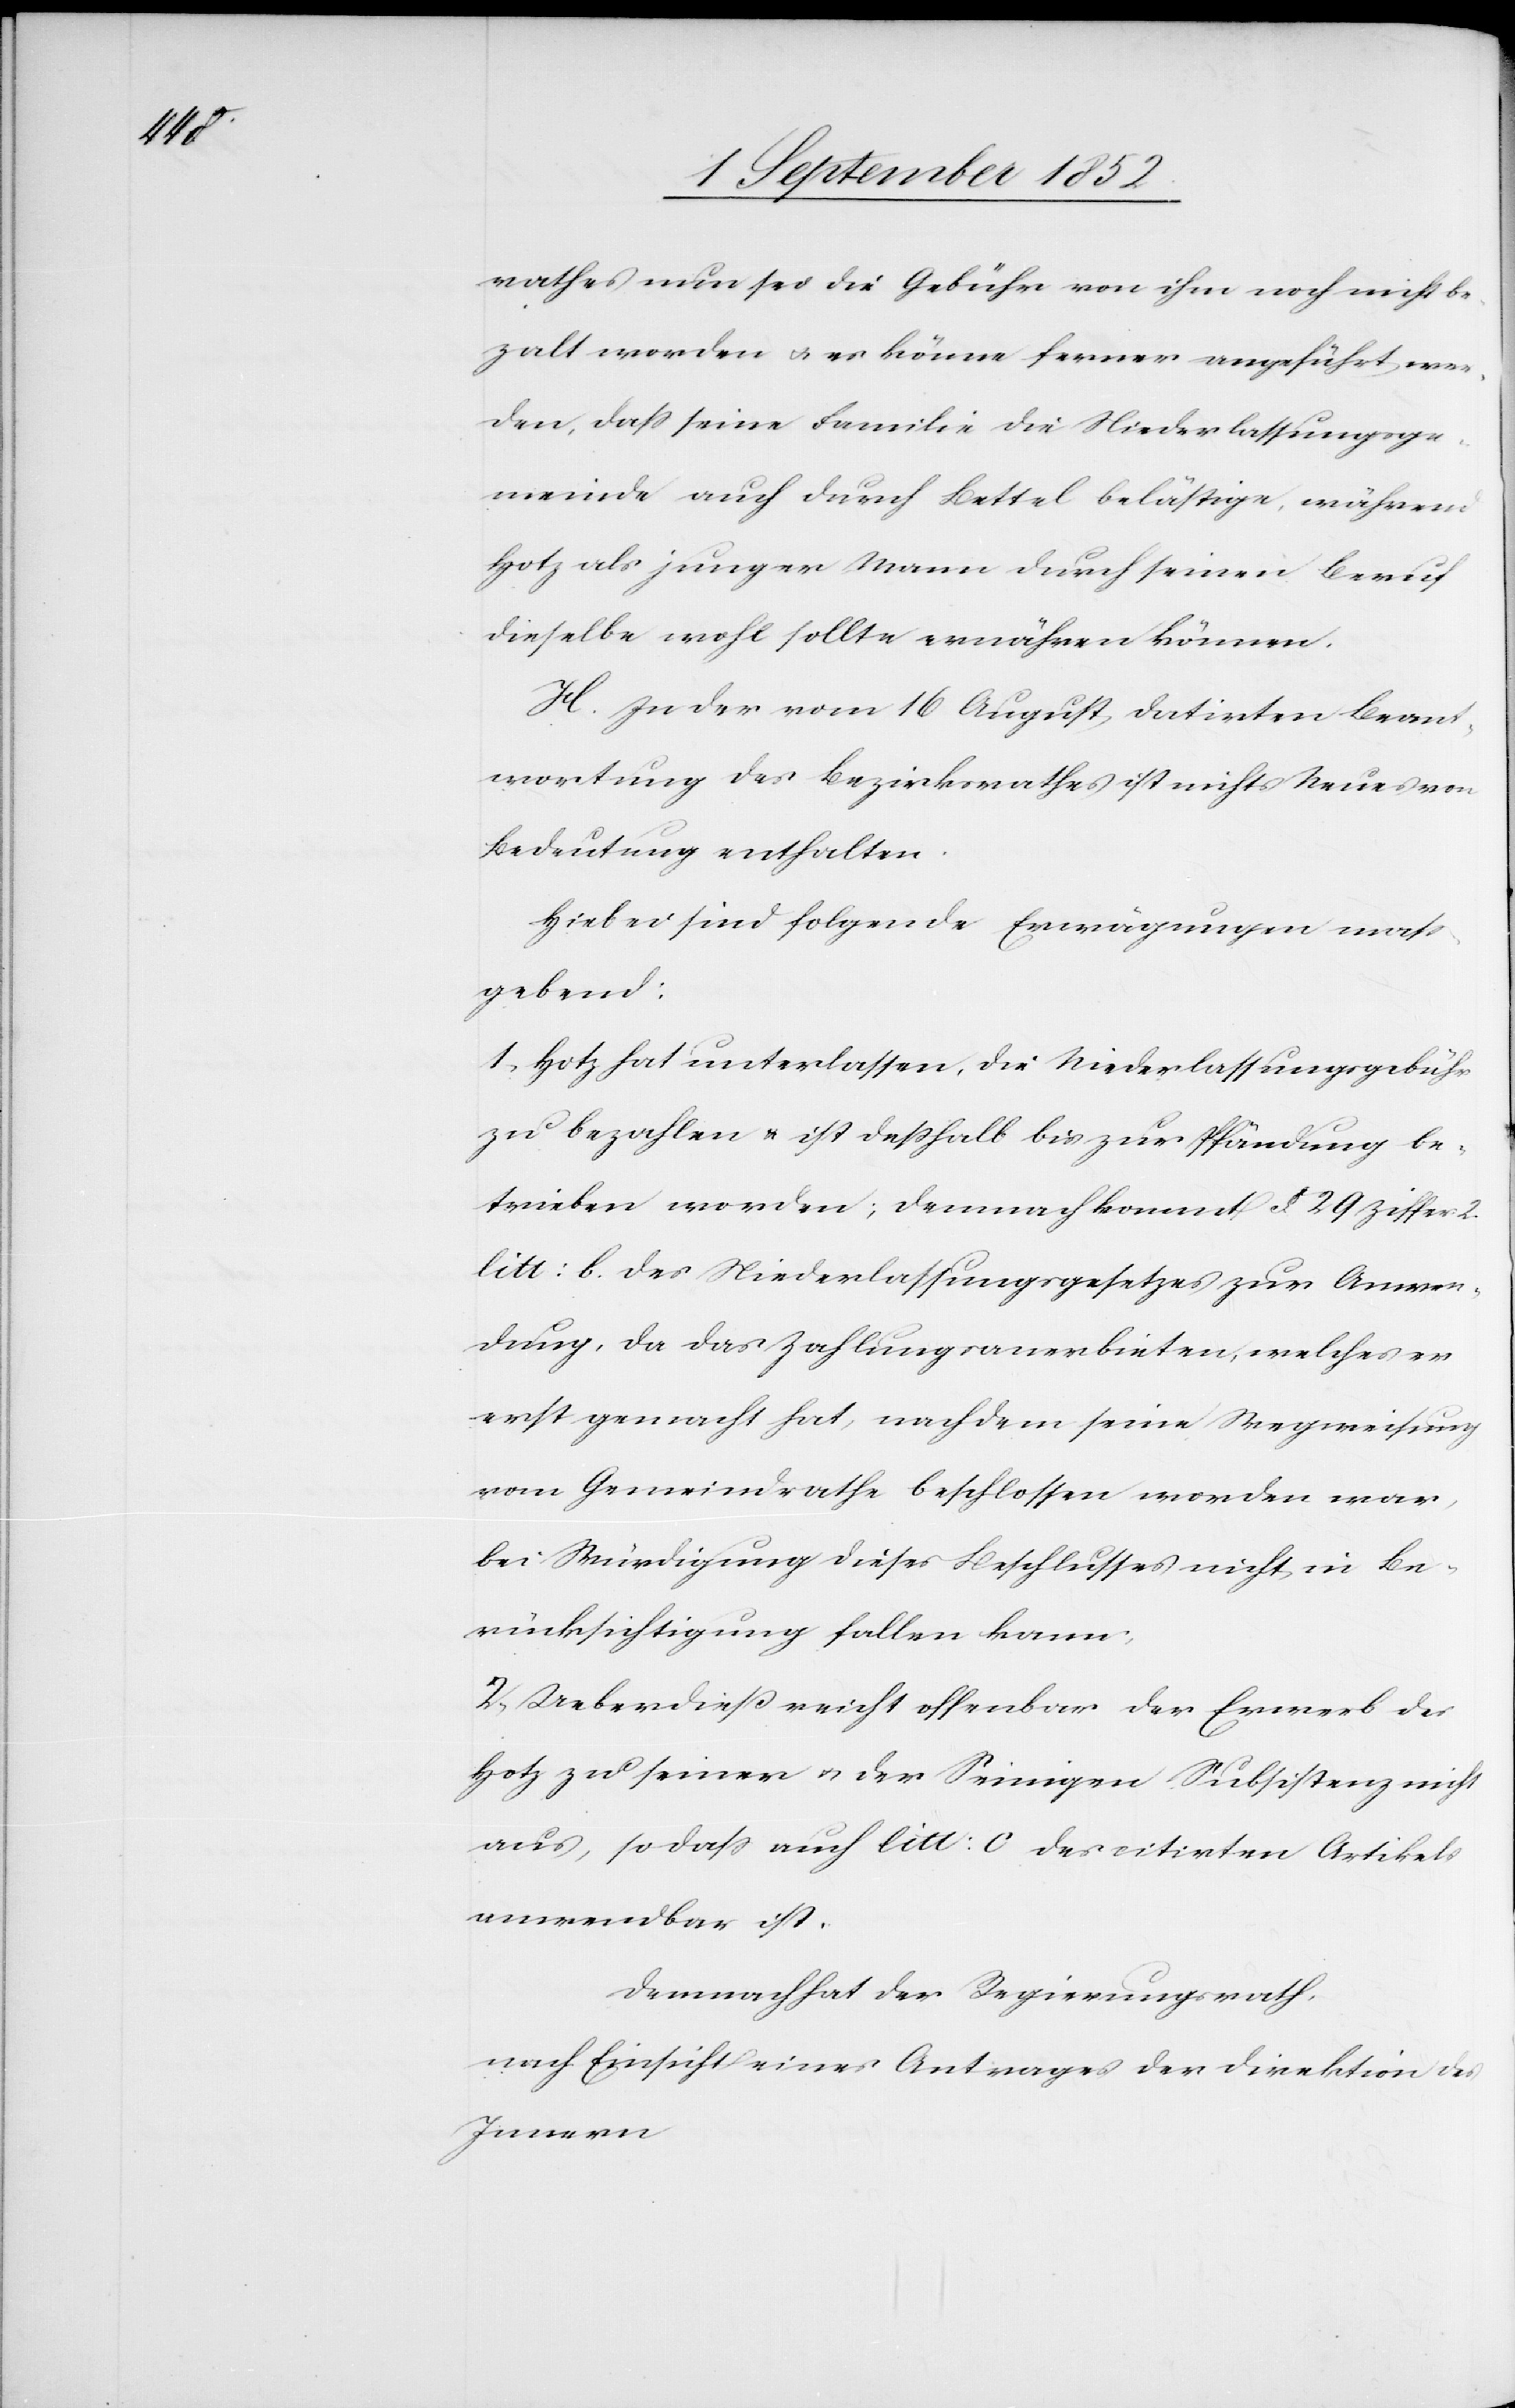
rathes nun sei die Gebühr von ihm noch nicht be¬
za[h]lt worden & es könne ferner angeführt wer¬
den, dass seine Familie die Niederlassungsge¬
meinde auch durch Bettel belästige, während
Hotz als junger Mann durch seinen Beruf
dieselbe wohl sollte ernähren können.
H. In der vom 16 August datirten Beant¬
wortung des Bezirksrathes ist nichts Neues von
Bedeutung enthalten.
Hiebei sind folgende Erwägungen mass¬
gebend:
1, Hotz hat unterlassen, die Niederlassungsgebühr
zu bezahlen & ist desshalb bis zur Pfändung be¬
trieben worden; demnach kommt §. 29 Ziffer 2.
litt: b. des Niederlassungsgesetzes zur Anwen¬
dung, da das Zahlungsanerbieten, welches er
erst gemacht hat, nachdem seine Wegweisung
vom Gemeindrathe beschlossen worden war,
bei Würdigung dieses Beschlusses nicht in Be¬
rücksichtigung fallen kann;
2, Ueberdieß reicht offenbar der Erwerb des
Hotz zu seiner & der Seinigen Subsistenz nicht
aus, so dass auch litt: c des citirten Artikels
anwendbar ist.
Demnach hat der Regierungsrath,
nach Einsicht eines Antrages der Direktion des
Innern